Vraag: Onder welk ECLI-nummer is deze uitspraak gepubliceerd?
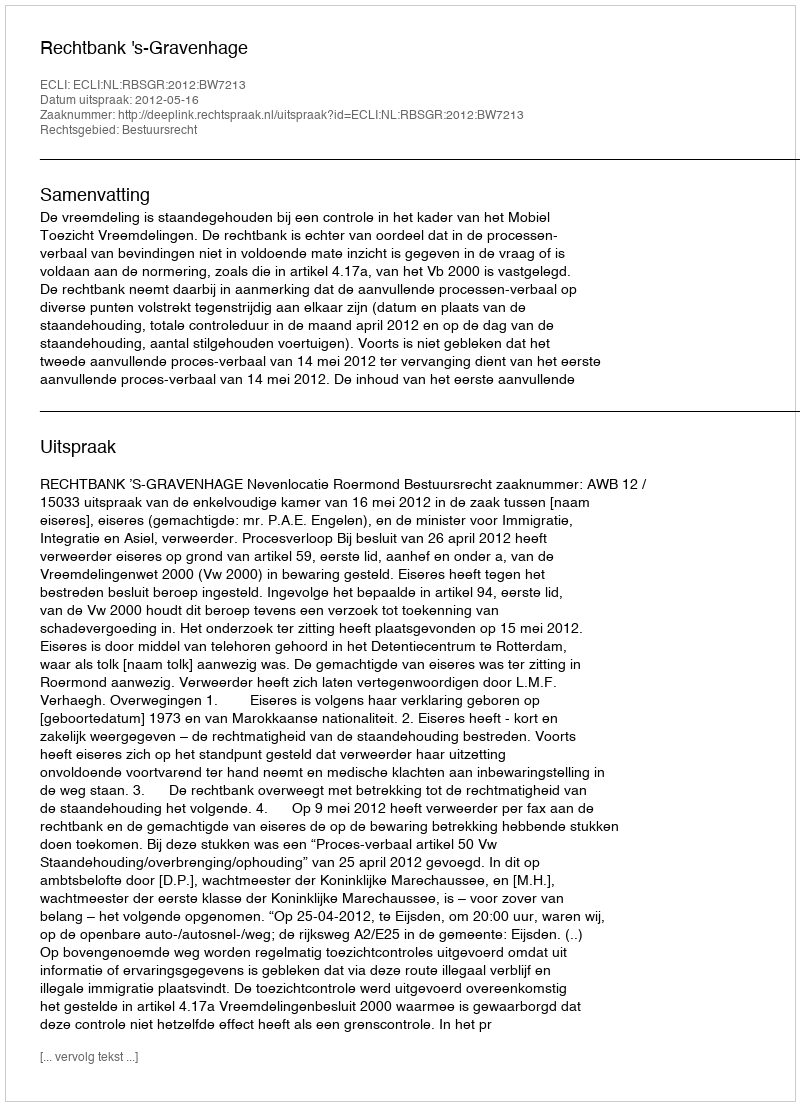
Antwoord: ECLI:NL:RBSGR:2012:BW7213